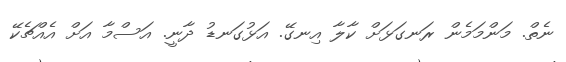
ނެތް. މަންމަމެން ރަނގަޅަށް ކާލާ އިނގޭ. އަޅުގަނޑު ދާނީ. އަސްމާ އަށް އެއްޗެކޭ